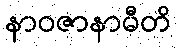
နာဝဇာနာမီတိ